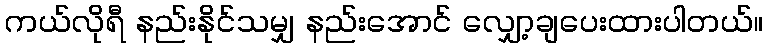
ကယ်လိုရီ နည်းနိုင်သမျှ နည်းအောင် လျှော့ချပေးထားပါတယ်။